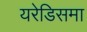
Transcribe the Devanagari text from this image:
यरेडिसमा